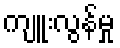
ကျူးလွန်မှု